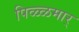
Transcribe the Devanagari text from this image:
पिळ्ळमार्